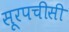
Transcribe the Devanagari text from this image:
सूरपचीसी